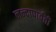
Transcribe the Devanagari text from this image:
नन्दापार्वती